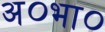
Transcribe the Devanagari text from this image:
अ०भा०